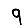
Digit: 9